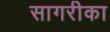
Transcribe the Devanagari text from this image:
सागरीका